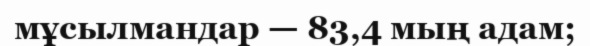
мұсылмандар — 83,4 мың адам;